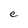
Character: e